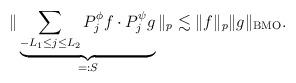
LaTeX: \begin{align*} \| \underbrace{ \sum_{-L_1 \le j \le L_2}P_j^{\phi} f \cdot P_j^{\psi} g }_{=:S} \|_p \lesssim \| f\|_p \|g\|_{\operatorname{BMO}}.\end{align*}